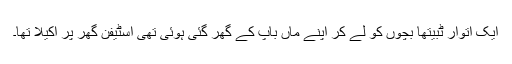
ایک اتوار ٹبیتھا بچوں کو لے کر اپنے ماں باپ کے گھر گئی ہوئی تھی اسٹیفن گھر پر اکیلا تھا۔